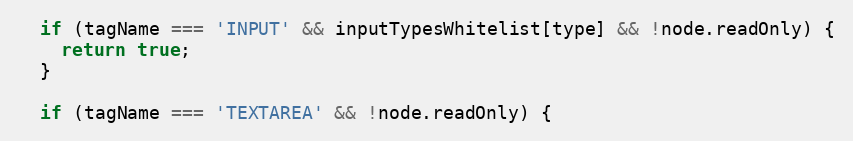
Language: JavaScript
  if (tagName === 'INPUT' && inputTypesWhitelist[type] && !node.readOnly) {
    return true;
  }

  if (tagName === 'TEXTAREA' && !node.readOnly) {